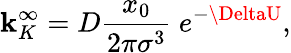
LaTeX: \mathbf{k}_{K}^{\infty}=D\frac{{x_{0}}}{{2\pi\sigma^{3}}}\ e^{-\DeltaU},